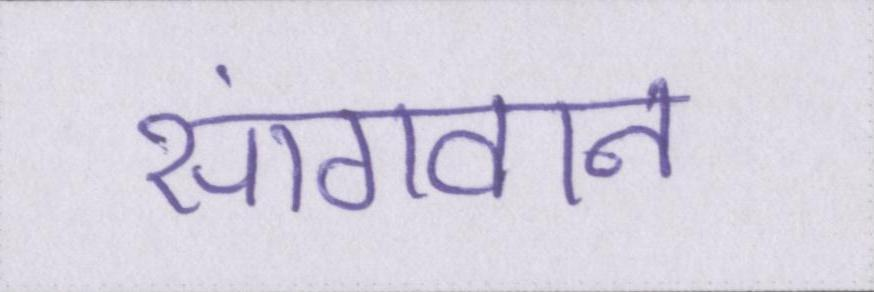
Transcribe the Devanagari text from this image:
सांगवान